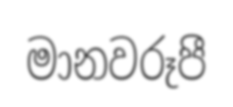
මානවරූපී